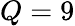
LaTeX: Q=9